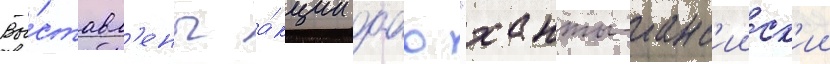
Вы́ставл'ены а́кции оао "ханты-манс'ииск'ии